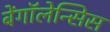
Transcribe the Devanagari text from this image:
बेंगॉलेन्सिस